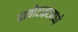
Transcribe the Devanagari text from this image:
बायोटाइटमध्ये